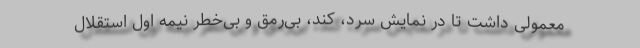
معمولی داشت تا در نمایش سرد، کند، بی‌رمق و بی‌خطر نیمه اول استقلال